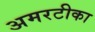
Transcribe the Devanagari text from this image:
अमरटीका